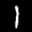
Label: 1